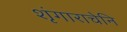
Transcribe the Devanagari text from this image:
शृंगाराचेनि